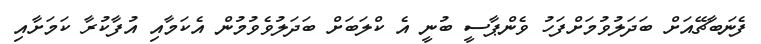
ފެނަބާޗޭއަށް ބަދަލުވުމަށްފަހު ވެންޕާސީ ބުނީ އެ ކްލަބަށް ބަދަލުވެވުމުން އެކަމާއި އުފާކުރާ ކަމަށާއި